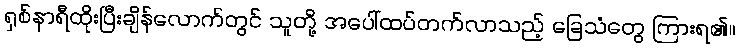
ရှစ်နာရီထိုးပြီးချိန်လောက်တွင် သူတို့ အပေါ်ထပ်တက်လာသည့် ခြေသံတွေ ကြားရ၏။